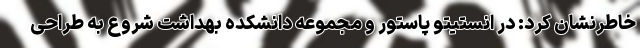
خاطرنشان کرد: در انستیتو پاستور و مجموعه دانشکده بهداشت شروع به طراحی